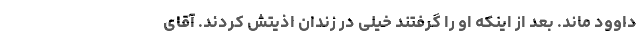
داوود ماند. بعد از اینکه او را گرفتند خیلی در زندان اذیتش کردند. آقای